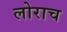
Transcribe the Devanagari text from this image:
लोराच